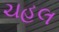
ચહલ